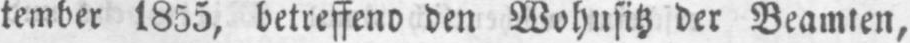
tember 1855, betreffend den Wohnsitz der Beamten,